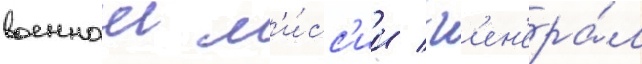
военнои м'и́сс'ии / г'ен'ера́л